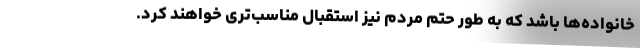
خانواده‌ها باشد که به طور حتم مردم نیز استقبال مناسب‌تری خواهند کرد.